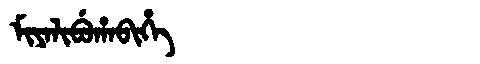
Manchu: ᠮᡳᠶᠠᠯᡳᠪᡠᡥᠠᠪᡳᡥᡝ
Romanization: MIYALIBUHABIHE